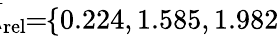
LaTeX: \! \! \! \overline{{\lambda}}_{\mathrm{{rel}}}\! \! =\! \! \{ 0.224,1.585,1.982\} \! \! \!